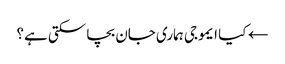
← کیا ایموجی ہماری جان بچا سکتی ہے؟